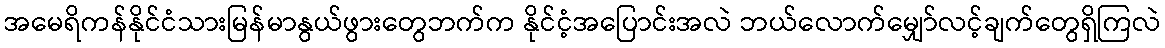
အမေရိကန်နိုင်ငံသားမြန်မာနွယ်ဖွားတွေဘက်က နိုင်ငံ့အပြောင်းအလဲ ဘယ်လောက်မျှော်လင့်ချက်တွေရှိကြလဲ